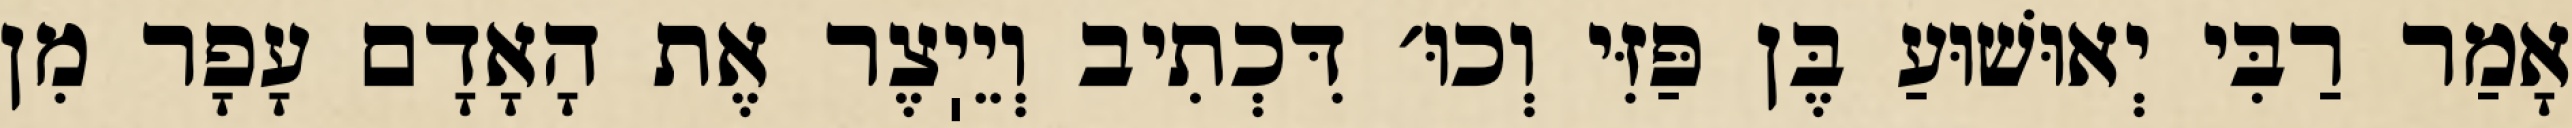
אָמַר רַבִּי יְאוּשׁוּעַ בֶּן פַּזִּי וְכוּ׳ דִּכְתִיב וְיֵיֽצֶר אֶת הָאָדָם עָפָר מִן